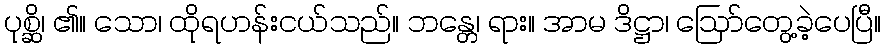
ပုစ္ဆိ၊ ၏။ သော၊ ထိုရဟန်းငယ်သည်။ ဘန္တေ၊ ရား။ အာမ ဒိဋ္ဌာ၊ ဩော်တွေ့ခဲ့ပေပြီ။